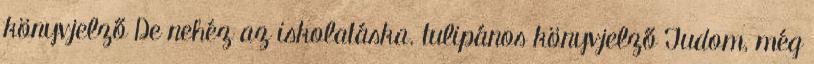
könyvjelző De nehéz az iskolatáska. tulipános könyvjelző Tudom, még